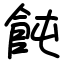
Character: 飩